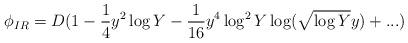
LaTeX: \begin{align*}\phi_{IR} = D(1 - {1 \over 4}y^2\log Y-{1 \over 16}y^4\log^2 Y\log(\sqrt {\log Y}y)+...)\end{align*}